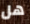
هل